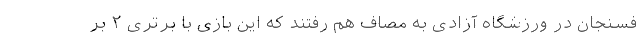
فسنجان در ورزشگاه آزادی به مصاف هم رفتند که این بازی با برتری ۲ بر